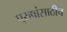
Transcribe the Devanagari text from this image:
पुरुषांसाठीच